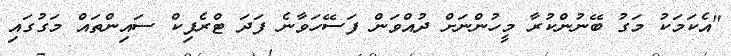
"އެކަމަކު މަގު ބޭނުންކުރާ މީހުންނަށް ދުއްވަން ފަސޭހަވާނެ ފަދަ ޓްރެފިކް ސައިންތައް މަގުގައި